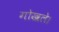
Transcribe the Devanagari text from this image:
गोखले।